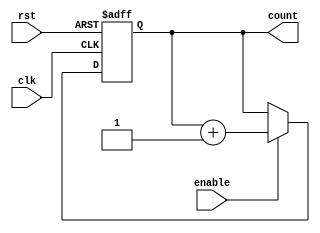
module Binary_Up_Counter_with_Enable (
    input clk,
    input rst,
    input enable,
    output reg [N-1:0] count
);

parameter N = 4; // Number of bits in the counter

always @(posedge clk or posedge rst) begin
    if (rst) begin
        count <= 0;
    end else if (enable) begin
        count <= count + 1;
    end
end

endmodule